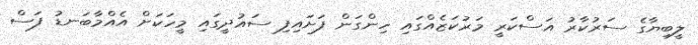
ލީބިޔާގެ ސަރުކާރު އަސްކަރީ މަރުކަޒެއްގައި ހިންގަން ފަށައިފި ސައުދީގައި މީހަކަށް އެއްމާބަނޑު ފަސް